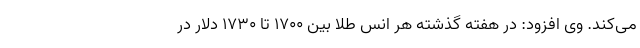
می‌کند. وی افزود: در هفته گذشته هر انس طلا بین 1700 تا 1730 دلار در